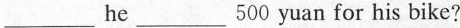
___ he ___ 500 yuan for his bike?